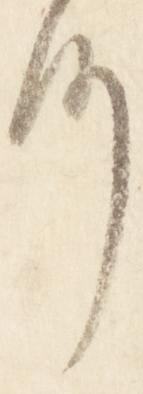
何